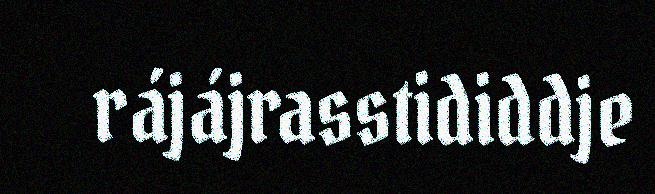
rájájrasstididdje